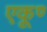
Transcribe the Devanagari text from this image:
एकूण्‍